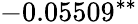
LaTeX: -0.05509^{\ast\ast}